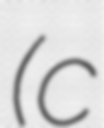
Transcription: (c